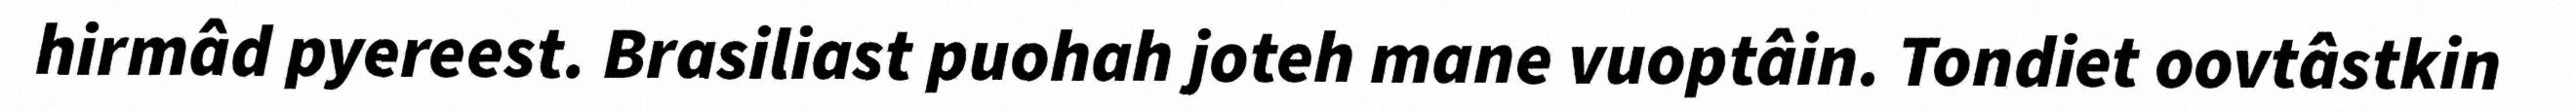
hirmâd pyereest. Brasiliast puohah joteh mane vuoptâin. Tondiet oovtâstkin